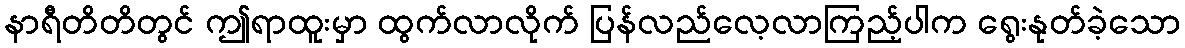
နာရီတိတိတွင် ဤရာထူးမှာ ထွက်လာလိုက် ပြန်လည်လေ့လာကြည့်ပါက ရွေးနုတ်ခဲ့သော